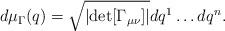
LaTeX: \begin{align*}d\mu_{\Gamma}(q)=\sqrt{|{\rm det}[\Gamma_{\mu\nu}]|}dq^{1} \ldots dq^{n}.\end{align*}